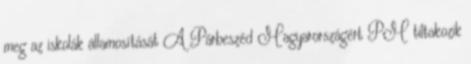
meg az iskolák államosítását A Párbeszéd Magyarországért PM tiltakozik